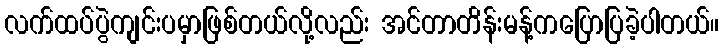
လက်ထပ်ပွဲကျင်းပမှာဖြစ်တယ်လို့လည်း အင်တာတိန်းမန့်ကပြောပြခဲ့ပါတယ်။